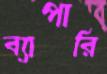
ব্যাপারি